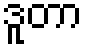
ဒူတာ